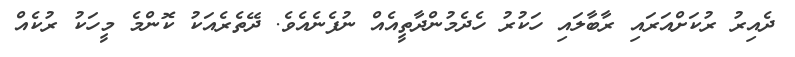
ދެއިރު ރުކަށްއަރައި ރާބާލައި ހަކުރު ހެދެމުންދާތީއެއް ނުފެނެއެވެ. ދޭތެރެއަކު ކޮންމެ މީހަކު ރުކެއް